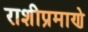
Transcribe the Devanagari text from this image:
राशीप्रमाणे